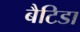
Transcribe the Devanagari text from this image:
बैटिडा